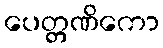
ပေတ္တဏိကော